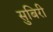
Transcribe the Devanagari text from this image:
सुबिरी